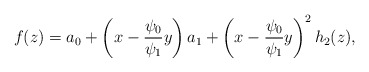
\begin{align*}f(z)= a_0 + \left( x - \frac{ \psi_0}{\psi_1} y \right) a_1 + \left( x - \frac{ \psi_0}{\psi_1} y \right)^2 h_2(z),\\\end{align*}